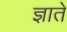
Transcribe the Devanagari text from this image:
ज्ञाते